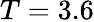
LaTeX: T=3.6